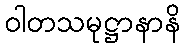
ဝါတသမုဋ္ဌာနာနိ